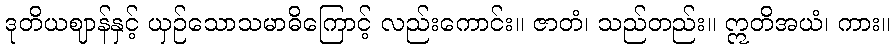
ဒုတိယဈာန်နှင့် ယှဉ်သောသမာဓိကြောင့် လည်းကောင်း။ ဇာတံ၊ သည်တည်း။ ဣတိအယံ၊ ကား။